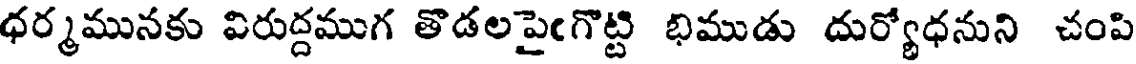
ధర్మమునకు విరుద్దముగ తొడలపైఁగొట్టి భిముడు దుర్యోధనుని చంపి